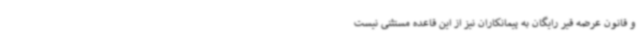
و قانون عرضه قیر رایگان به پیمانکاران نیز از این قاعده مستثنی نیست